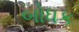
બોધક